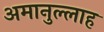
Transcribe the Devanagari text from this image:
अमानुल्लाह